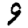
Digit: 9